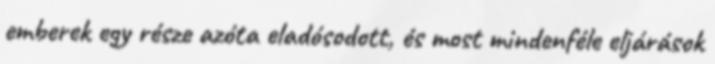
emberek egy része azóta eladósodott, és most mindenféle eljárások